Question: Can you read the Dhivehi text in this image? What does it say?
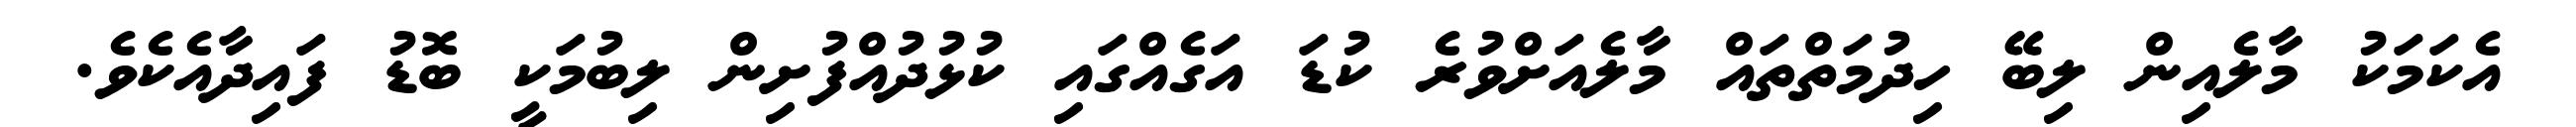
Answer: އެކަމަކު މާލެއިން ލިބޭ ހިދުމަތްތައް މާލެއަށްވުރެ ކުޑަ އަގެއްގައި ކުޅުދުއްފުށިން ލިބުމަކީ ބޮޑު ފައިދާއެކެވެ.